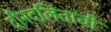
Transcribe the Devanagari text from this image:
दीनदलितांची